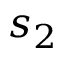
s _ { 2 }